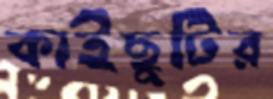
কাইছুটির